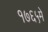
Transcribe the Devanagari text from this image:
१७६५मे